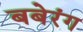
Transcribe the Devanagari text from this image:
बबेरंग